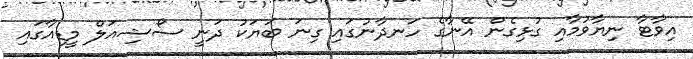
އިވާޓާ ނިޔާވުމާއި ގުޅިގެން އޭނާގެ ހަނދާނުގައި ގިނަ ބަޔަކު ދަނީ ސޯޝިއަލް މީޑިއާގައި